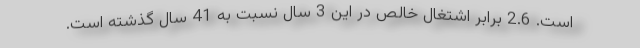
است. 2.6 برابر اشتغال خالص در این 3 سال نسبت به 41 سال گذشته است.